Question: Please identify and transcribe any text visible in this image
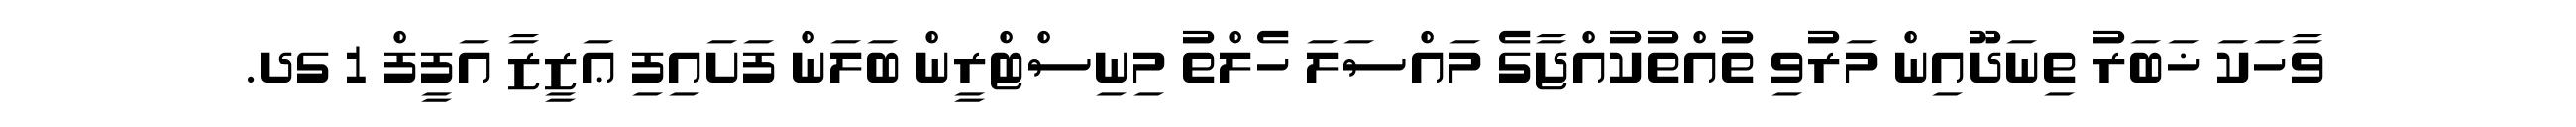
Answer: ވާހަކަ ޚަބަރު ތިނަދޫއިން މަރުވި ތުއްތުކުއްޖާގެ މައްސަލަ ހެލްތު މިނިސްޓްރީން ބަލަން ފަށައިފި ޢަޒީޒާ އަފީފް 1 ގދ.